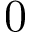
0